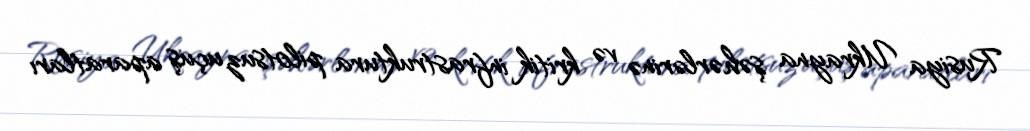
Rusiya Ukrayna şəhərlərinə və kritik infrastruktura pilotsuz uçuş aparatları